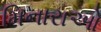
મિનારાઓ